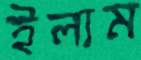
ইলাম